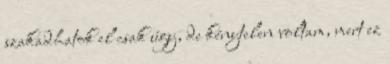
szakadhatok el csak úgy, de kénytelen voltam, mert ez